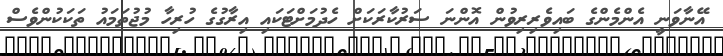
އޭނާވަނީ އެންމެންގެ ބައިވެރިރިވުން އޮންނަ ސަރުކާރަކަށް ހެދުމަށްޓަކައި އިރާގުގެ ހުރިހާ މުޖުތަމައު ތަކަކުންވެސް